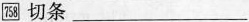
758切条___